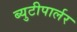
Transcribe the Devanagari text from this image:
ब्युटीपार्लर